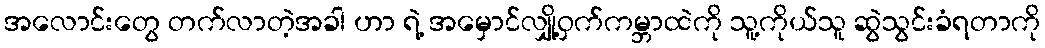
အလောင်းတွေ တက်လာတဲ့အခါ ဟာ ရဲ့ အမှောင်လျှို့ဝှက်ကမ္ဘာထဲကို သူ့ကိုယ်သူ ဆွဲသွင်းခံရတာကို